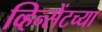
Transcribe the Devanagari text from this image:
व्हिन्सेंटच्या